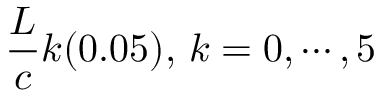
{ \frac { L } { c } } k ( 0 . 0 5 ) , \, k = 0 , \cdots , 5